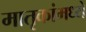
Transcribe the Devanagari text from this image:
मातृकांमध्ये